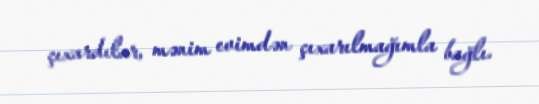
çıxardılar, mənim evimdən çıxarılmağımla bağlı.